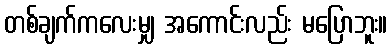
တစ်ချက်ကလေးမျှ အကောင်းလည်း မပြောဘူး။